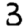
Digit: 3